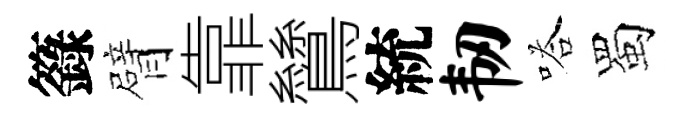
籙臂靠鷥統韧嗒蜀